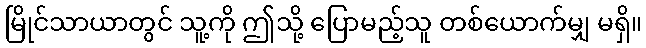
မြိုင်သာယာတွင် သူ့ကို ဤသို့ ပြောမည့်သူ တစ်ယောက်မျှ မရှိ။